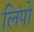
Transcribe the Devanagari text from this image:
लिंपो